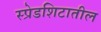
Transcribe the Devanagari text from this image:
स्प्रेडशिटातील